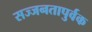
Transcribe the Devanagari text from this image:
सज्जनतापुर्वक